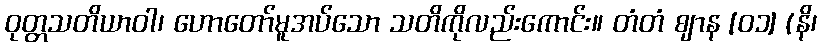
ဝုတ္တသတိယာဝါ၊ ဟောတော်မူအပ်သော သတိကိုလည်းကောင်း။ တံတံ ဈာန [၀၁] (နိ၊